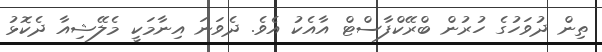
ތިން ދުވަހުގެ ހުރުން ބްރޭކްފާސްޓް އާއެކު އެވެ. ދެވަނަ އިނާމަކީ މެލޭޝިއާ ދެކޮޅު